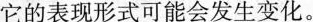
它的表现形式可能会发生变化。